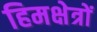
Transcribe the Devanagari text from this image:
हिमक्षेत्रों